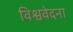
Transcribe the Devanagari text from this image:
विश्ववेदना